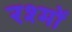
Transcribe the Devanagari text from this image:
रश्मों